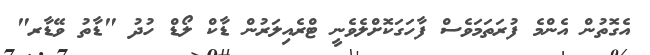
އެގޮތުން އެންމެ ފުރަތަމަވެސް ފާހަގަކޮށްލެވެނީ ޓްރެއިލަރުން ޑާކް ލޯޑް ހުދު "ޑާތު ވޭޑާރ"